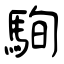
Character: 駨